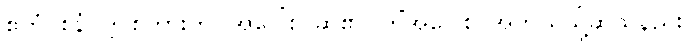
ဧတံဝစနံ၊ ဤစကားကို။ အဝေါစ၊ ဆို၏။ ကိံအဝေါစ၊ အဘယ်သို့ဆိုသနည်း။